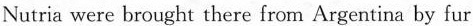
Nutria were brought there from Argentina by fur